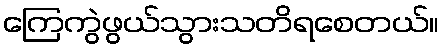
ကြေကွဲဖွယ်သွားသတိရစေတယ်။